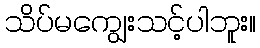
သိပ်မကျွေးသင့်ပါဘူး။